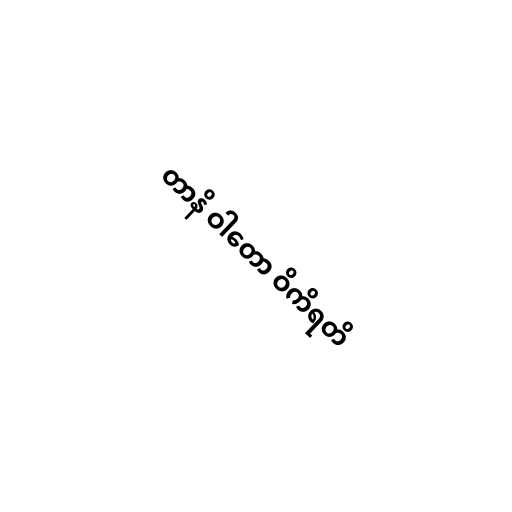
တာနိ ဝါတော ဝိကိရတိ